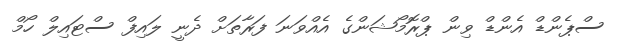
ސްޕެންޑް އެންޑް ވިން ޕްރޮމޯޝަންގެ އެއްވަނަ ފަރާތަށް ދެނީ ލައިފް ސްޓައިލް ހޯމް